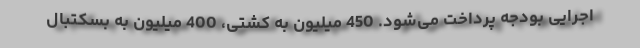
اجرایی بودجه پرداخت می‌شود. 450 میلیون به کشتی، 400 میلیون به بسکتبال